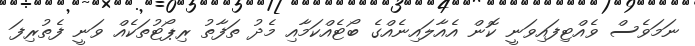
ނަމަވެސް ވެއްޓިފައިވަނީ ކޮން އެއާލައިނެއްގެ ބޯޓެއްކަމާއި މެދު ތަފާތު ރިޕޯޓުތަކެއް ވަނީ ފެތުރިފަ